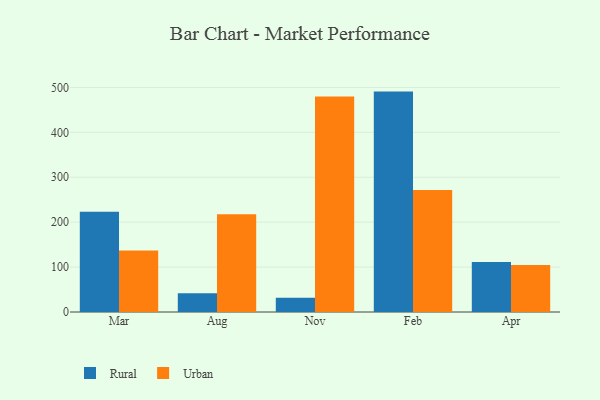
{"axis": {"x": "Month", "y": "Churn Rate (%)"}, "legend": ["Rural", "Urban"], "data": [{"x": "Mar", "y": 223.4, "type": "Rural"}, {"x": "Mar", "y": 136.8, "type": "Urban"}, {"x": "Aug", "y": 42.0, "type": "Rural"}, {"x": "Aug", "y": 217.7, "type": "Urban"}, {"x": "Nov", "y": 32.0, "type": "Rural"}, {"x": "Nov", "y": 480.0, "type": "Urban"}, {"x": "Feb", "y": 490.7, "type": "Rural"}, {"x": "Feb", "y": 271.5, "type": "Urban"}, {"x": "Apr", "y": 111.1, "type": "Rural"}, {"x": "Apr", "y": 104.9, "type": "Urban"}]}